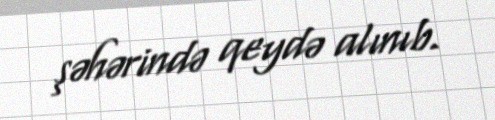
şəhərində qeydə alınıb.